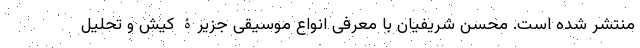
منتشر شده است. محسن شریفیان با معرفی انواع موسیقی جزیرۀ کیش و تحلیل